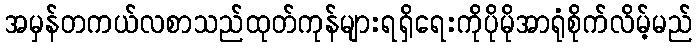
အမှန်တကယ်လစာသည်ထုတ်ကုန်များရရှိရေးကိုပိုမိုအာရုံစိုက်လိမ့်မည်